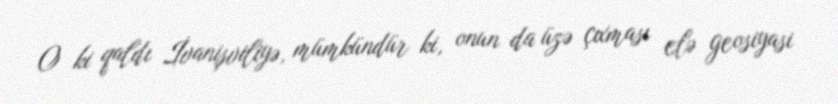
O ki qaldı İvanişviliyə, mümkündür ki, onun da üzə çıxması elə geosiyasi